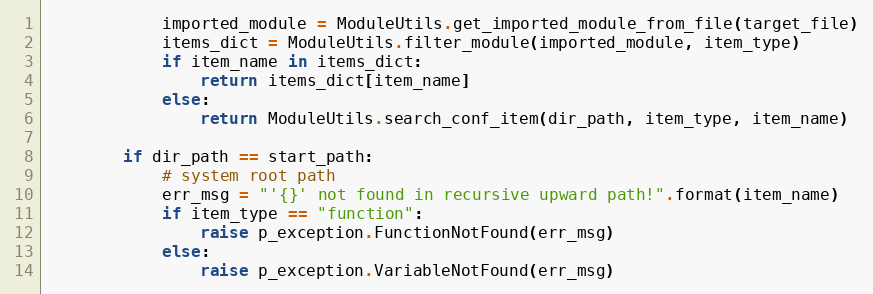
Language: Python
            imported_module = ModuleUtils.get_imported_module_from_file(target_file)
            items_dict = ModuleUtils.filter_module(imported_module, item_type)
            if item_name in items_dict:
                return items_dict[item_name]
            else:
                return ModuleUtils.search_conf_item(dir_path, item_type, item_name)

        if dir_path == start_path:
            # system root path
            err_msg = "'{}' not found in recursive upward path!".format(item_name)
            if item_type == "function":
                raise p_exception.FunctionNotFound(err_msg)
            else:
                raise p_exception.VariableNotFound(err_msg)